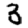
Digit: 3